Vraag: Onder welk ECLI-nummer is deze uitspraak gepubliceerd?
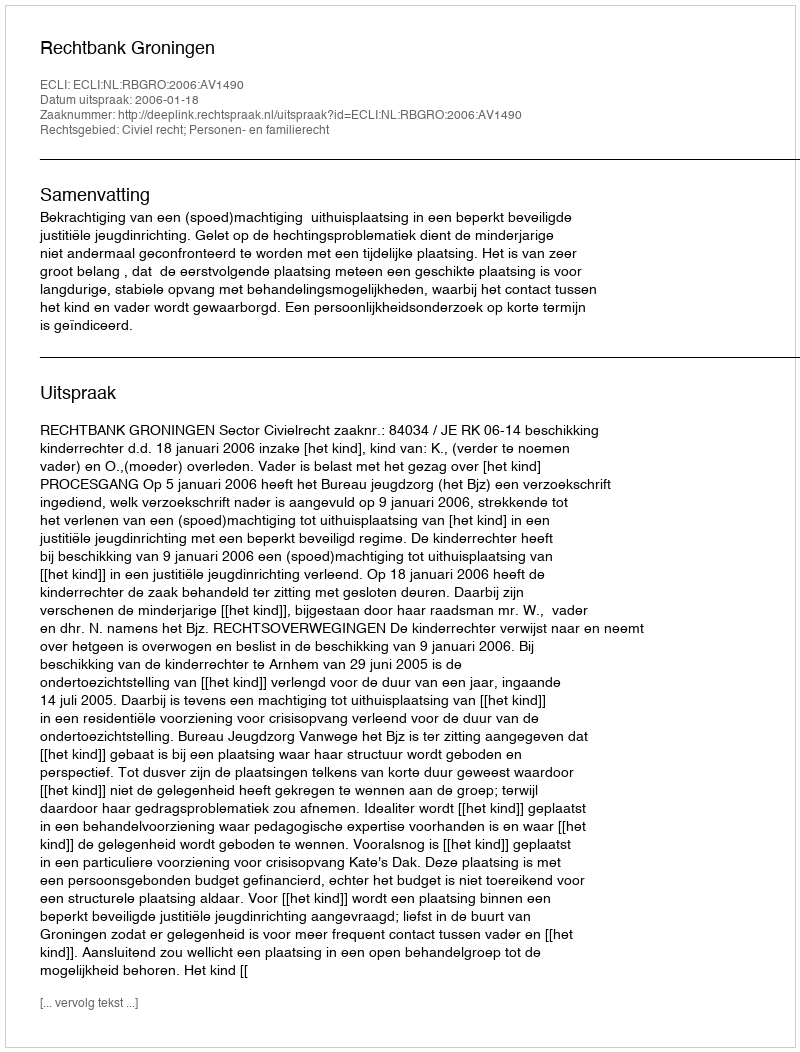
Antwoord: ECLI:NL:RBGRO:2006:AV1490